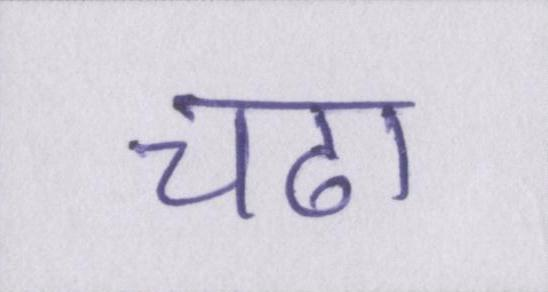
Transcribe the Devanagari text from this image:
चढा